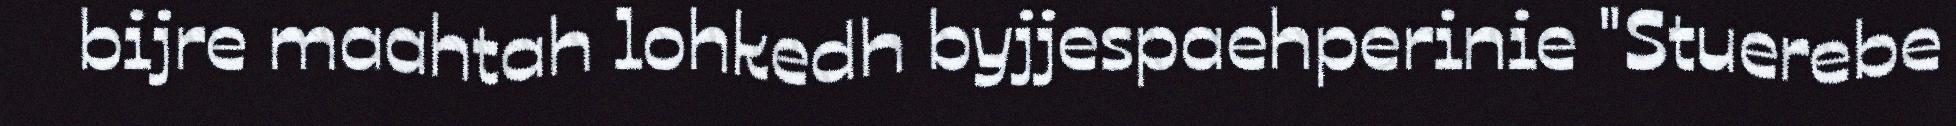
bijre maahtah lohkedh byjjespaehperinie "Stuerebe